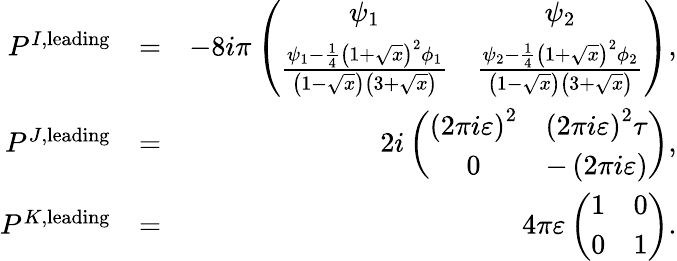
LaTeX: \begin{array}{rlr}{P^{I,\mathrm{leading}}}&{=}&{-8i\pi\left(\begin{array}{cc}{\psi_{1}}&{\psi_{2}}\\ {\frac{\psi_{1}-\frac{1}{4}\left(1+\sqrt{x}\right)^{2}\phi_{1}}{\left(1-\sqrt{x}\right)\left(3+\sqrt{x}\right)}}&{\frac{\psi_{2}-\frac{1}{4}\left(1+\sqrt{x}\right)^{2}\phi_{2}}{\left(1-\sqrt{x}\right)\left(3+\sqrt{x}\right)}}\end{array}\right),}\\ {P^{J,\mathrm{leading}}}&{=}&{2i\left(\begin{array}{cc}{\left(2\pi i\varepsilon\right)^{2}}&{\left(2\pi i\varepsilon\right)^{2}\tau}\\ {0}&{-\left(2\pi i\varepsilon\right)}\end{array}\right),}\\ {P^{K,\mathrm{leading}}}&{=}&{4\pi\varepsilon\left(\begin{array}{rr}{1}&{0}\\ {0}&{1}\end{array}\right).}\end{array}